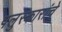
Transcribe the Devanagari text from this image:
पलुस्कारांचे